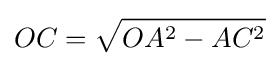
OC={\sqrt {OA^{2}-AC^{2}}}